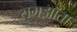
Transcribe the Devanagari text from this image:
समझॉता